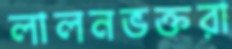
লালনভক্তরা